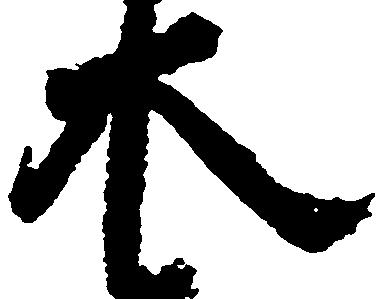
木